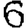
Digit: 6